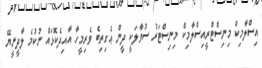
އިސްލާމިކް މިނިސްޓްރީއިސްލާމިކް މިނިސްޓަރު ސުވާލަކީ ދީންް ޢެެެގިތިބެ ވެރިމީހާ އާއިދެކޮޅައް ނުކުމެ ލާދީނީޔޭ